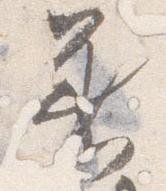
着